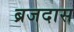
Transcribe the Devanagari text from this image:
ब्रजदास